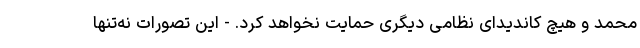
محمد و هیچ کاندیدای نظامی دیگری حمایت نخواهد کرد. - این تصورات نه‌تنها